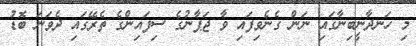
މި ހަނދާނީބިނާގައި ނަން ގެނެވިފައި ވާ ޖަޕާނުގެ ސިފައިންގެ ތެރޭގައި ދެވަނަ ބޮޑު